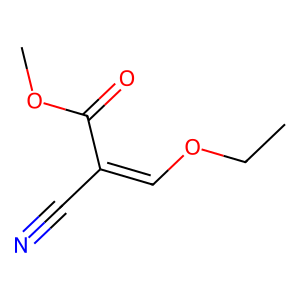
SMILES: CCOC=C(C#N)C(=O)OC
Inhibits HIV replication: No